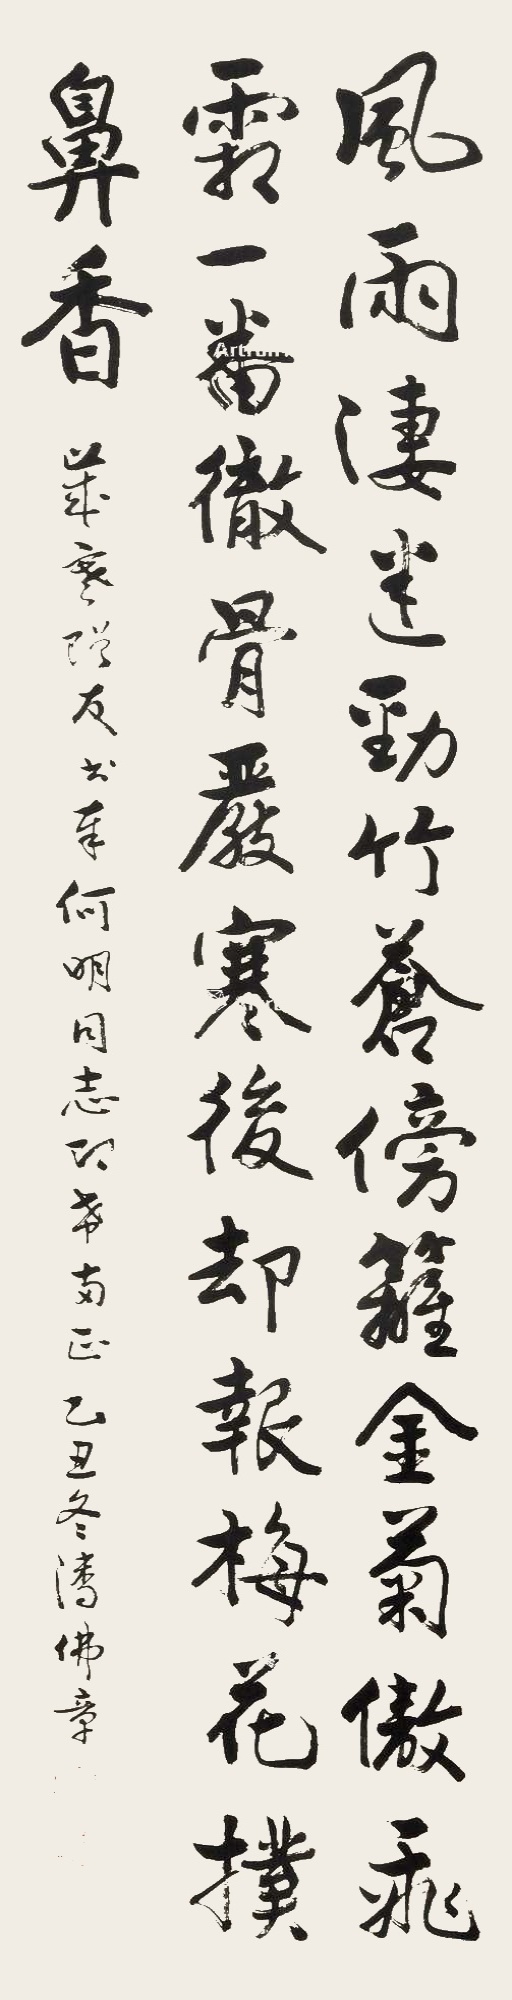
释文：风雨凄迷劲竹苍，傍篱金菊傲飞霜。一番彻骨严寒后，却报梅花扑鼻香。岁寒赠友书奉何明同志即希与正，乙丑冬潘佛章。